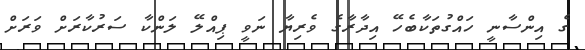
ގެ އިންސާނީ ހައްގުތަކާބެހޭ އިދާރާގެ ވެރިޔާ ނަވީ ޕިއްލޭ ލަންކާ ސަރުކާރަށް ވަރަށް